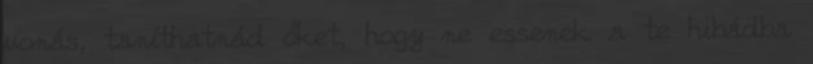
vonás, taníthatnád őket, hogy ne essenek a te hibádba